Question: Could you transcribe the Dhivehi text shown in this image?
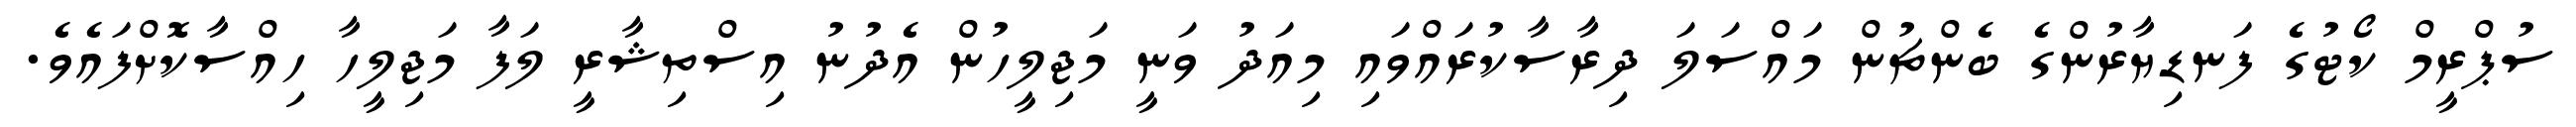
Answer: ސުޕްރީމް ކޯޓުގެ ފަނޑިޔާރުންގެ ބެންޗުން މައްސަލަ ދިރާސާކުރައްވައި މިއަދު ވަނީ މަޖިލީހުން އެދުނު އިސްތިޝާރީ ލަފާ މަޖިލީހާ ހިއްސާކޮށްފައެވެ.